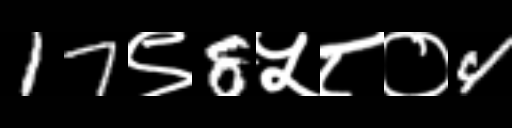
Text: 17९8५८०4